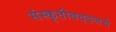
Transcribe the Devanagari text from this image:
संस्कृतीबद्दलचे